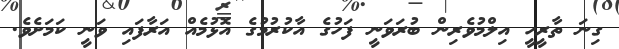
ގިނަ ތާރީހީ އިލްމުވެރިން ބުރަވަނީ ފަހުގެ އާކުރުމުގެ އޮޅުމެއް އަރާފައި ވަނީ ކަމަށެވެ.